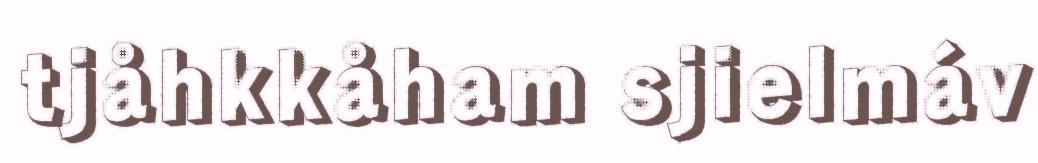
tjåhkkåham sjielmáv